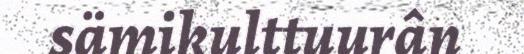
sämikulttuurân